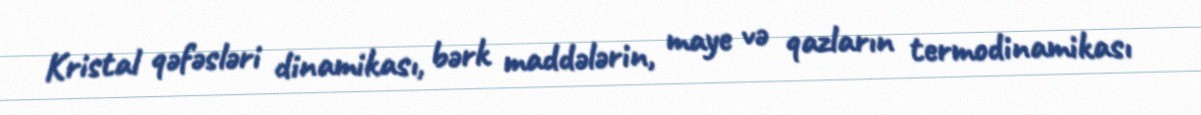
Kristal qəfəsləri dinamikası, bərk maddələrin, maye və qazların termodinamikası